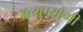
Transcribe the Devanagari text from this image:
अत्युपयोगी